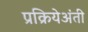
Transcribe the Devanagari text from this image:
प्रक्रियेअंती